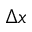
\Delta x